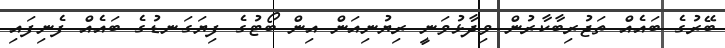
ބޭރުގެ ބައެއް ތަޖުރިބާކާރުން ވިދާޅުވަނީ ރިޔުނިއަން އިން ބޯޓުގެ ފިޔަގަނޑުގެ ބައެއް ފެނިފައި